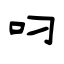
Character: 叼